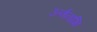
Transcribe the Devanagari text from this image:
ऊर्णनाभि